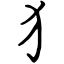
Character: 犭